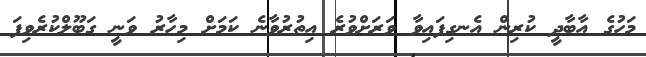
މަހުގެ އާބާދީ ކުރިން އެނގިފައިވާ ވަރަށްވުރެ އިތުރުވާނެ ކަމަށް މިހާރު ވަނީ ގަބޫލްކުރެވިފަ